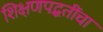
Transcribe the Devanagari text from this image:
शिक्षणपद्धतींचा